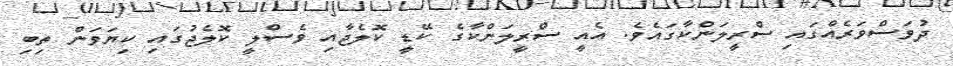
ދުވަސްވަރެއްގައި ސްރީލަންކާގައެވެ. އެއީ ސްރީލަންކާގެ ކޭޑީ ކޮލެޖާއި ވެސްލީ ކޮލެޖުގައި ކިޔަވަން ތިބި